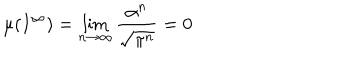
\mu ( I ^ { \infty } ) = \lim _ { n \rightarrow \infty } \frac { \alpha ^ { n } } { \sqrt { \pi ^ { n } } } = 0